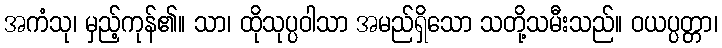
အကံသု၊ မှည့်ကုန်၏။ သာ၊ ထိုသုပ္ပဝါသာ အမည်ရှိသော သတို့သမီးသည်။ ဝယပ္ပတ္တာ၊